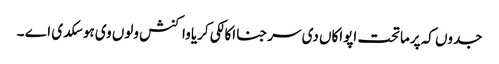
جدوں کہ پرماتحت اپواکاں دی سرجنا اکالکی کریا واکنش ولوں وی ہو سکدی اے ۔